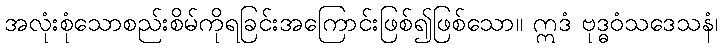
အလုံးစုံသောစည်းစိမ်ကိုရခြင်းအကြောင်းဖြစ်၍ဖြစ်သော။ ဣဒံ ဗုဒ္ဓဝံသဒေသနံ၊